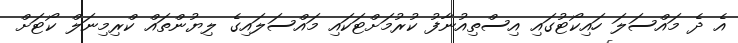
އެ ދެ މައްސަލަ ހައިކޯޓުގައި އިސްތިއުނާފު ކުރުމަށްޓަކައި މައްސަލައިގެ ލިޔުންތައް ކްރިމިނަލް ކޯޓަށް